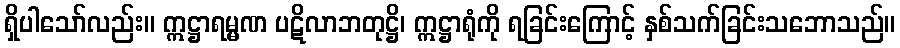
ရှိပါသော်လည်း။ ဣဋ္ဌာရမ္မဏ ပဋိလာဘတုဋ္ဌိ၊ ဣဋ္ဌာရုံကို ရခြင်းကြောင့် နှစ်သက်ခြင်းသဘောသည်။